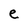
Character: e